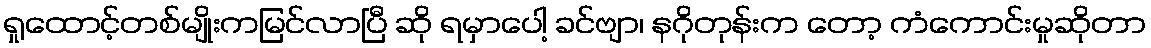
ရှုထောင့်တစ်မျိုးကမြင်လာပြီ ဆို ရမှာပေါ့ ခင်ဗျာ၊ နဂိုတုန်းက တော့ ကံကောင်းမှုဆိုတာ